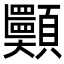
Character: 𩖂